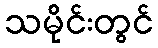
သမိုင်းတွင်